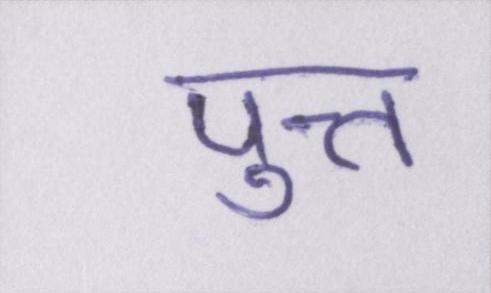
पुत्त